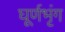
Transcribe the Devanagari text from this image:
घूर्णभृंग